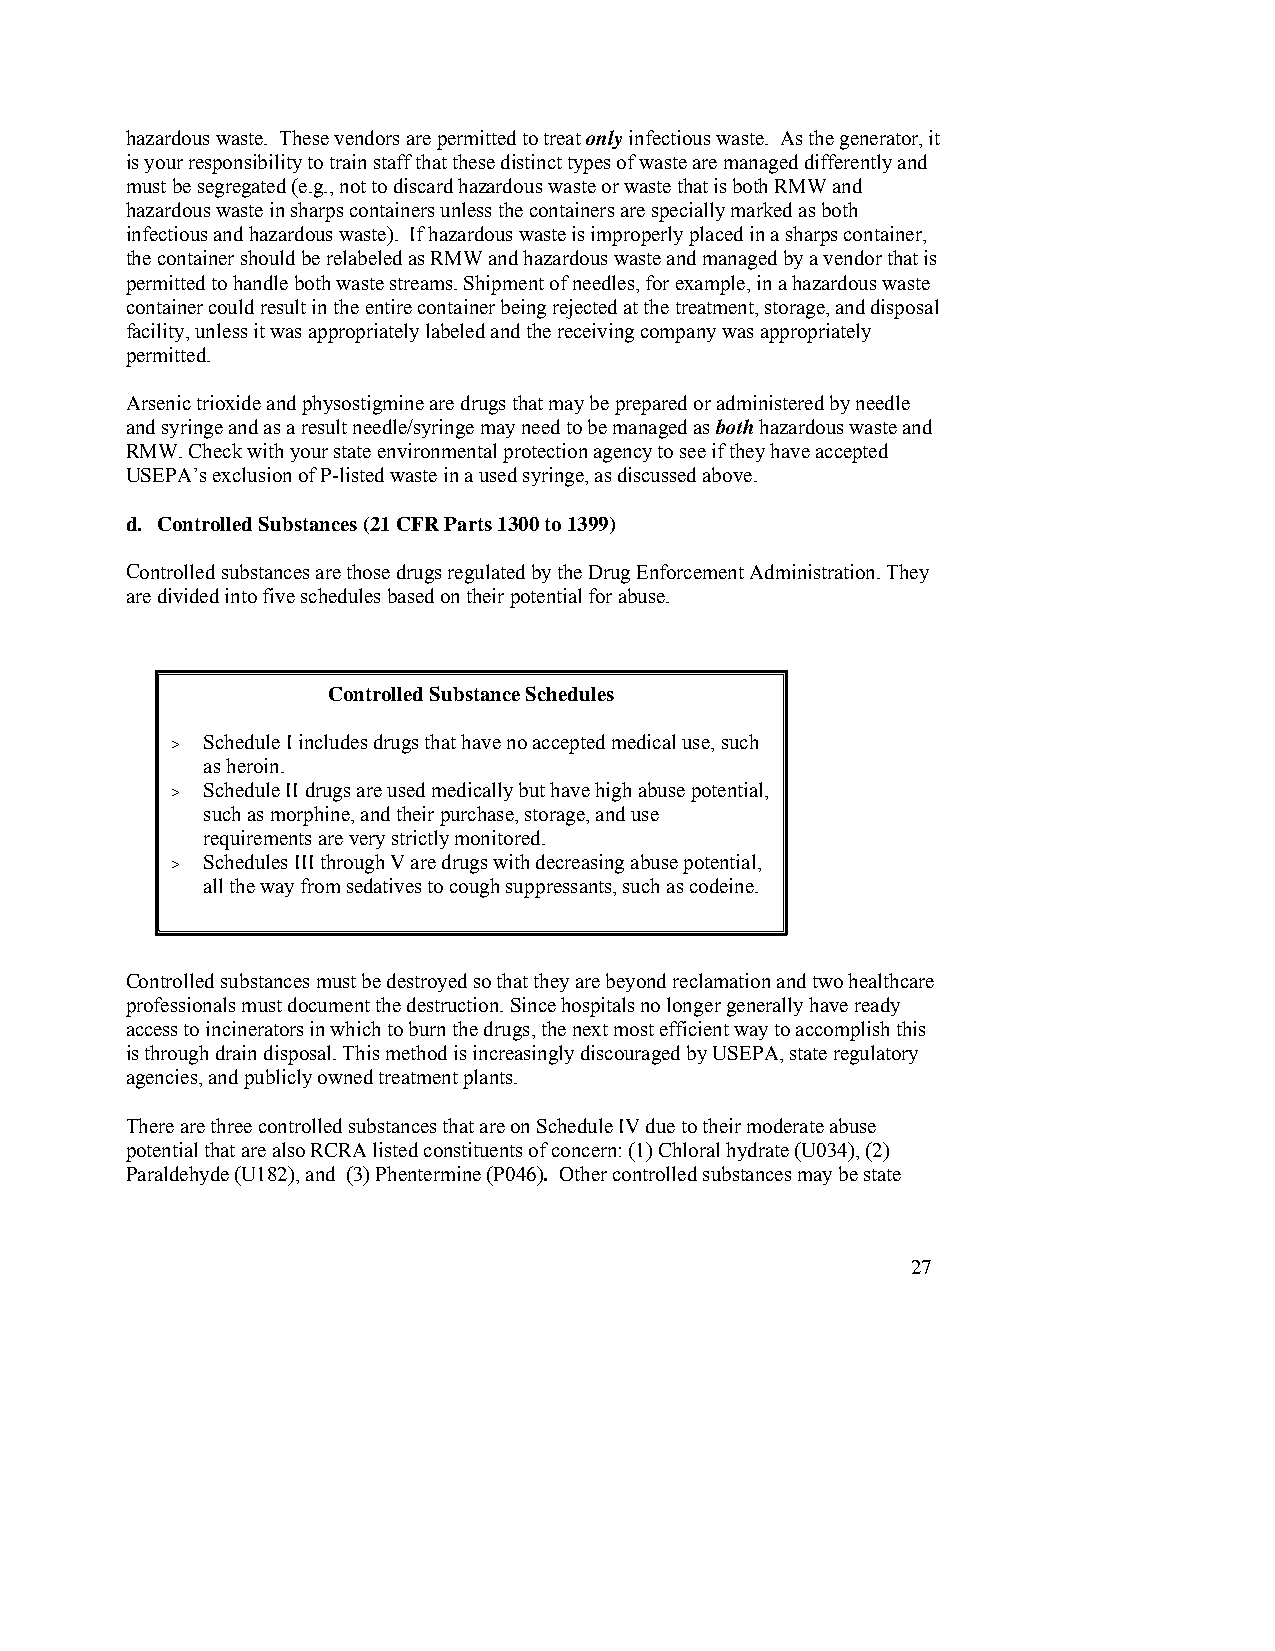
hazardous waste. These vendors are permitted to treat only infectious waste. As the generator, it
 is your responsibility to train staff that these distinct types of waste are managed differently and
 must be segregated (e.g., not to discard hazardous waste or waste that is both RMW and
 hazardous waste in sharps containers unless the containers are specially marked as both
 infectious and hazardous waste). If hazardous waste is improperly placed in a sharps container,
 the container should be relabeled as RMW and hazardous waste and managed by a vendor that is
 permitted to handle both waste streams. Shipment of needles, for example, in a hazardous waste
 container could result in the entire container being rejected at the treatment, storage, and disposal
 facility, unless it was appropriately labeled and the receiving company was appropriately
 permitted.
 Arsenic trioxide and physostigmine are drugs that may be prepared or administered by needle
 and syringe and as a result needle/syringe may need to be managed as both hazardous waste and
 RMW. Check with your state environmental protection agency to see if they have accepted
 USEPA’s exclusion of P-listed waste in a used syringe, as discussed above.
 d. Controlled Substances (21 CFR Parts 1300 to 1399)
 Controlled substances are those drugs regulated by the Drug Enforcement Administration. They
 are divided into five schedules based on their potential for abuse.
 Controlled Substance Schedules
 > Schedule I includes drugs that have no accepted medical use, such
 as heroin.
 > Schedule II drugs are used medically but have high abuse potential,
 such as morphine, and their purchase, storage, and use
 requirements are very strictly monitored.
 > Schedules III through V are drugs with decreasing abuse potential,
 all the way from sedatives to cough suppressants, such as codeine.
 Controlled substances must be destroyed so that they are beyond reclamation and two healthcare
 professionals must document the destruction. Since hospitals no longer generally have ready
 access to incinerators in which to burn the drugs, the next most efficient way to accomplish this
 is through drain disposal. This method is increasingly discouraged by USEPA, state regulatory
 agencies, and publicly owned treatment plants.
 There are three controlled substances that are on Schedule IV due to their moderate abuse
 potential that are also RCRA listed constituents of concern: (1) Chloral hydrate (U034), (2)
 Paraldehyde (U182), and (3) Phentermine (P046). Other controlled substances may be state
 27